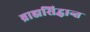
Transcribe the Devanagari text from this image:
ब्राह्मसिद्धान्त